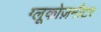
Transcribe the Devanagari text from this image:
ग्लूकोज़मीटर